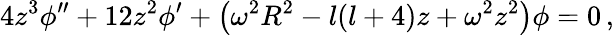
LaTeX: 4z^{3}\phi^{\prime\prime}+12z^{2}\phi^{\prime}+\left(\omega^{2}R^{2}-l(l+4)z+\omega^{2}z^{2}\right)\phi=0\, ,